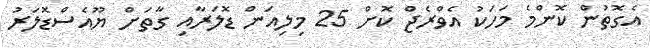
އެގޮތުން ކޮންމެ މަހަކު އެވްރެޖް ކޮށް 25 މިލިއަން ޑޮލަރާއި ގާތަށް ޔޫއެސްޑޮލަރު